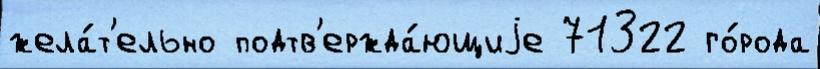
жела́т'ельно подтв'ержда́ющиjе 71322 го́рода